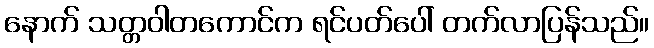
နောက် သတ္တဝါတကောင်က ရင်ပတ်ပေါ် တက်လာပြန်သည်။